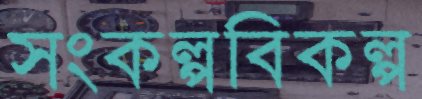
সংকল্পবিকল্প